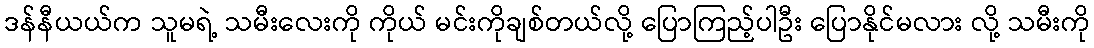
ဒန်နီယယ်က သူမရဲ့ သမီးလေးကို ကိုယ် မင်းကိုချစ်တယ်လို့ ပြောကြည့်ပါဦး ပြောနိုင်မလား လို့ သမီးကို